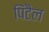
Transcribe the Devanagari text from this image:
पिंटैल